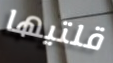
قلتيها